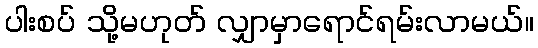
ပါးစပ် သို့မဟုတ် လျှာမှာရောင်ရမ်းလာမယ်။